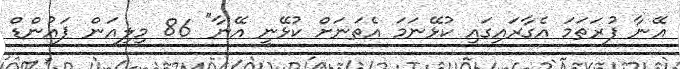
އޭނާ ފުރަތަމަ އެގާރައިގައި ކުޅޭނަމަ އެތަނަށް ކުޅޭނީ އޭނާ" 86 މިލިއަން ޕައުންޑް